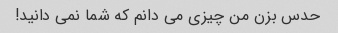
حدس بزن من چیزی می دانم که شما نمی دانید!